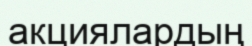
акциялардың